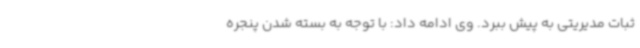
ثبات مدیریتی به پیش ببرد. وی ادامه داد: با توجه به بسته شدن پنجره